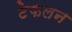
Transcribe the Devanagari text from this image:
टेफलन